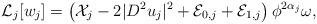
LaTeX: \begin{align*} \mathcal{L}_j[w_j] = \left(\mathcal X_j -2 |D^2 u_j|^2+ \mathcal E_{0,j}+ \mathcal E_{1,j}\right) \phi^{2 \alpha_j} \omega,\end{align*}